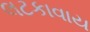
લટકાવાય